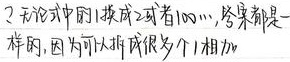
？无论式中的1换成2或者100，…，答案都是一样的，因为可以拆成很多个1相加。